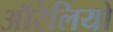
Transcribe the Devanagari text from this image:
ऑरेलियो